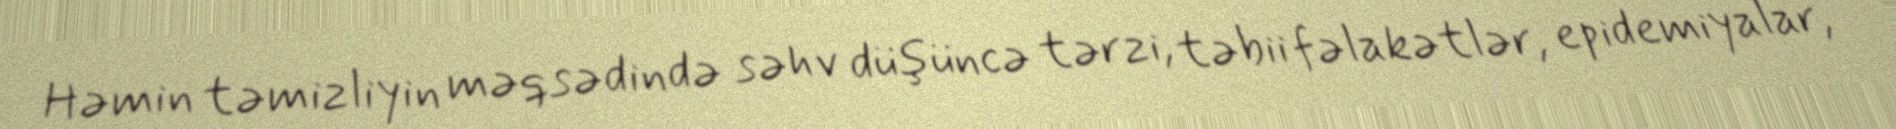
Həmin təmizliyin məqsədində səhv düşüncə tərzi, təbii fəlakətlər, epidemiyalar,